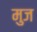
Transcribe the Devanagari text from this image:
मुज